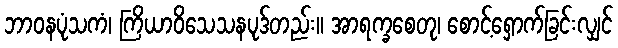
ဘာဝနပုံသကံ၊ ကြိယာဝိသေသနပုဒ်တည်း။ အာရက္ခစေတု၊ စောင့်ရှောက်ခြင်းလျှင်